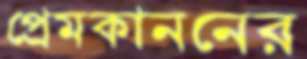
প্রেমকাননের